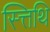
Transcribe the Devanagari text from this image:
स्त्तिथि